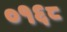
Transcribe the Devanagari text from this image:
०१६८